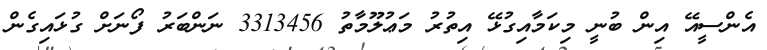
އެންސީއޭ އިން ބުނީ މިކަމާއިގުޅޭ އިތުރު މަޢުލޫމާތު 3313456 ނަންބަރު ފޯނަށް ގުޅައިގެން